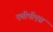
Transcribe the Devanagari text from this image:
एबीपीएस